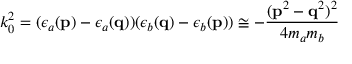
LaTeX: k _ { 0 } ^ { 2 } = ( \epsilon _ { a } ( { \bf p } ) - \epsilon _ { a } ( { \bf q } ) ) ( \epsilon _ { b } ( { \bf q } ) - \epsilon _ { b } ( { \bf p } ) ) \cong - \frac { ( { \bf p } ^ { 2 } - { \bf q } ^ { 2 } ) ^ { 2 } } { 4 m _ { a } m _ { b } }